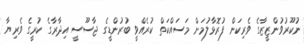
ނުކޫރުވުންޒީޒާގެ ވެރިކަން ފުރޮޅާލުމަށް މަސައްކަތް ކުރެއްވީ ބުރުންޑީގެ ޖާސޫސީ އިދާރާގެ ކުރީގެ ވެރިޔާ